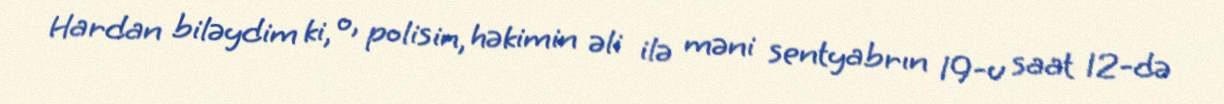
Hardan biləydim ki, o, polisin, həkimin əli ilə məni sentyabrın 19-u saat 12-də